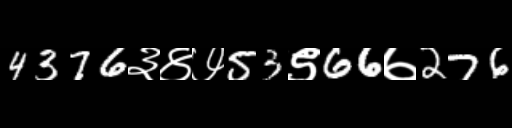
Text: 4376३४७53९66७276